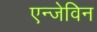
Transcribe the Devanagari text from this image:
एन्जेविन